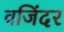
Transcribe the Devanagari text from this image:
वजिंदर